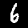
Label: 6